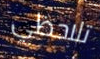
تلاحظي